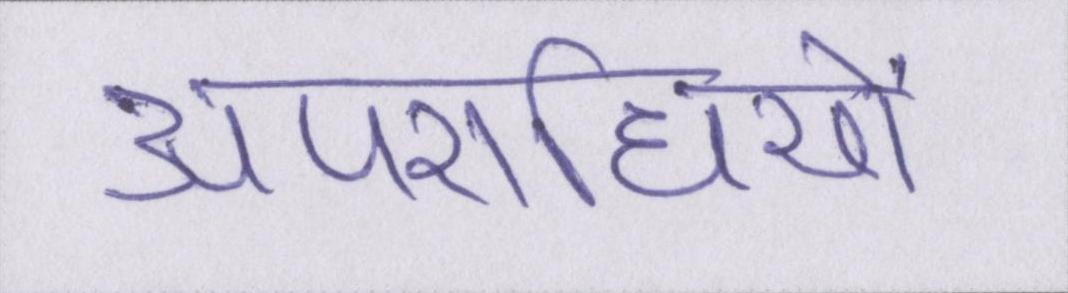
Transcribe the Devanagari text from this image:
अपराधियों